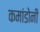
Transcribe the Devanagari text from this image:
कमांडोनी